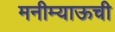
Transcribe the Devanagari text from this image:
मनीम्याऊची